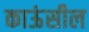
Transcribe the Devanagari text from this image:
काऊंसील